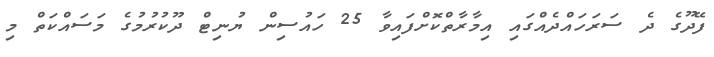
ފޭދޫގެ ދެ ސަރަހައްދެއްގައި އިމާރާތްކޮށްފައިވާ 25 ހައުސިން ޔުނިޓް ދޫކުރުމުގެ މަސައްކަތް މި